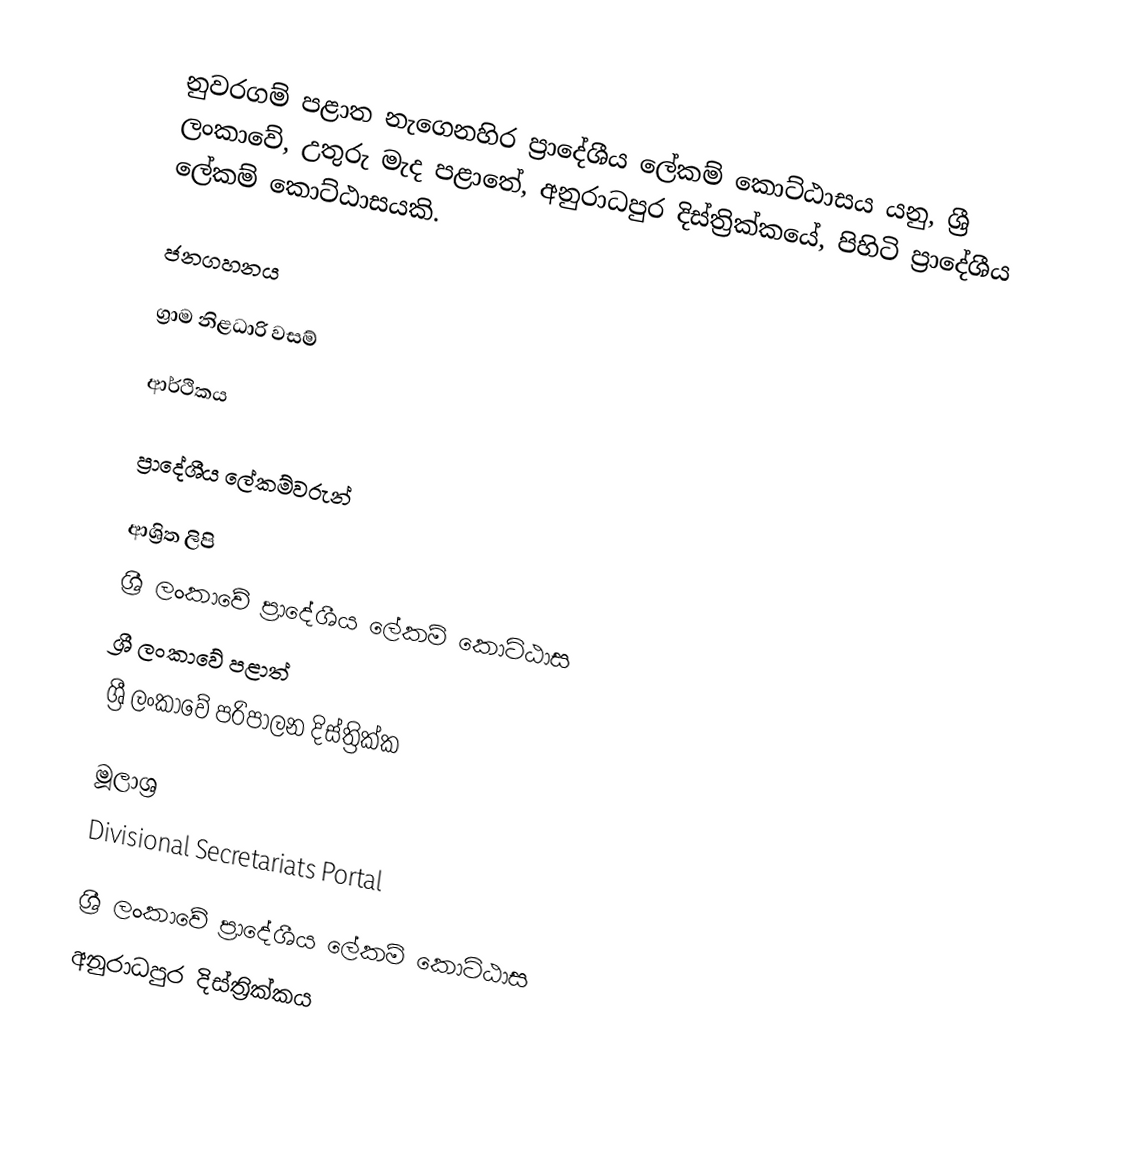
නුවරගම් පළාත නැගෙනහිර ප්‍රාදේශීය ලේකම් කොට්ඨාසය යනු,  ශ්‍රී ලංකාවේ,  උතුරු මැද පළාතේ,   අනුරාධපුර දිස්ත්‍රික්කයේ, පිහිටි ප්‍රාදේශීය ලේකම් කොට්ඨාසයකි.

ජනගහනය

ග්‍රාම නිළධාරි වසම්

ආර්ථිකය

ප්‍රාදේශීය ලේකම්වරුන්

ආශ්‍රිත ලිපි
ශ්‍රී ලංකාවේ ප්‍රාදේශීය ලේකම් කොට්ඨාස
ශ්‍රී ලංකාවේ පළාත්
ශ්‍රී ලංකාවේ පරිපාලන දිස්ත්‍රික්ක

මූලාශ්‍ර
 Divisional Secretariats Portal

ශ්‍රී ලංකාවේ ප්‍රාදේශීය ලේකම් කොට්ඨාස
අනුරාධපුර දිස්ත්‍රික්කය